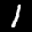
Label: 1